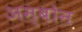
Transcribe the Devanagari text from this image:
अम्बोन